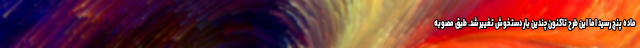
ماده پنج رسید اما این طرح تاکنون چندین بار دستخوش تغییر شد. طبق مصوبه